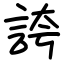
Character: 誇